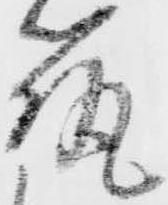
筑